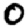
Digit: 0